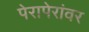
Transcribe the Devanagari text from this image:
पेरापेरांवर